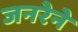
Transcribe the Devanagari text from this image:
जनरेने